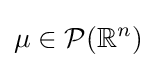
\mu \in {\mathcal {P}}(\mathbb {R} ^{n})